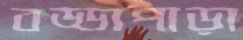
বড্ডাপাড়া